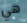
هي